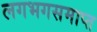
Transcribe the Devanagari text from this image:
लगभगसमाप्त